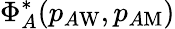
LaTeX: \Phi_{A}^{*}(p_{A\mathrm{W}},p_{A\mathrm{M}})